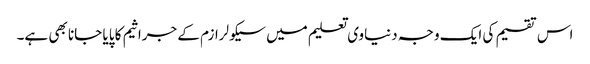
اس تقسیم کی ایک وجہ دنیاوی تعلیم میں سیکولرازم کے جراثیم کا پایا جانا بھی ہے۔